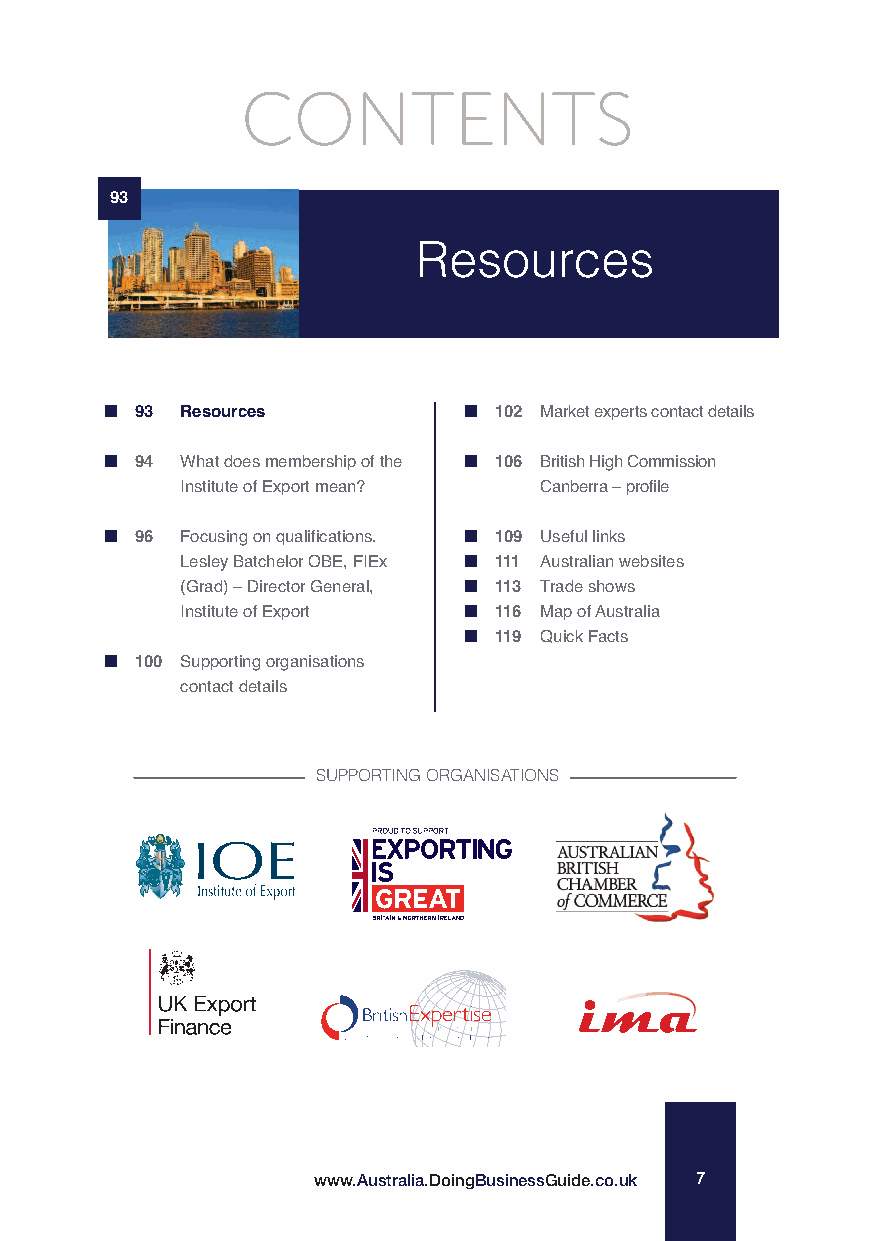
CONTENTS
 93
 Resources
 93 Resources            102 Market experts contact details
 94 What does membership of the 106 British High Commission
 Institute of Export mean? Canberra –profile
 96 Focusing on qualifications. 109 Useful links
 Lesley Batchelor OBE, FIEx 111 Australian websites
 (Grad) –Director General, 113 Trade shows
 Institute of Export  116 Map of Australia
 119 Quick Facts
 100 Supporting organisations
 contact details
 SUPPORTIN Gb ORGANsISATIONS
 e     t
 e    .
 E
 +    0
 www.Australia.DoingBusinessGuide.co.uk 7